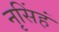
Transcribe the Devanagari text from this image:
नृसिंहं